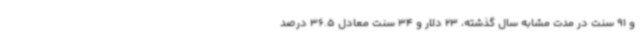
و 91 سنت در مدت مشابه سال گذشته، 23 دلار و 34 سنت معادل 36.5 درصد